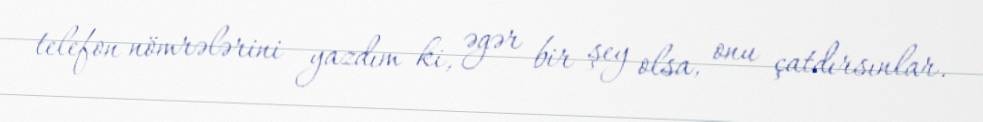
telefon nömrələrini yazdım ki, əgər bir şey olsa, onu çatdırsınlar.